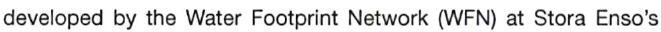
developed by the Water Footprint Network (WFN) at Stora Enso's